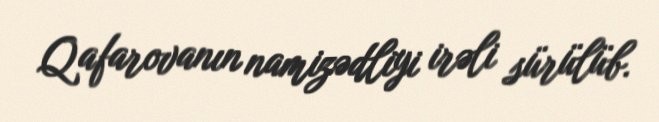
Qafarovanın namizədliyi irəli sürülüb.